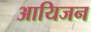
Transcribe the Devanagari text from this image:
आयिजन